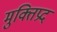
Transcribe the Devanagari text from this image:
मुक्तिप्रद